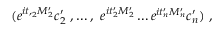
( e ^ { i t , _ { 2 } M _ { 2 } ^ { \prime } } c _ { 2 } ^ { \prime } \ , \ldots , \ e ^ { i t _ { 2 } ^ { \prime } M _ { 2 } ^ { \prime } } \ldots e ^ { i t _ { n } ^ { \prime } M _ { n } ^ { \prime } } c _ { n } ^ { \prime } ) \ ,